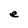
Character: e